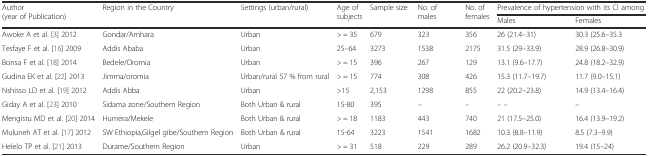
| <ROWSPAN=2> Author (year of Publication) | <ROWSPAN=2> Region in the Country | <ROWSPAN=2> Settings (urban/rural) | <ROWSPAN=2> Age of subjects | <ROWSPAN=2> Sample size | <ROWSPAN=2> No. of males | <ROWSPAN=2> No. of females | <COLSPAN=2> Prevalence of hypertension with its CI among |
 | Males | Females |
 | --- | --- | --- | --- | --- | --- | --- | --- | --- |
 | Awoke A et al. [3] 2012 | Gondar/Amhara | Urban | > = 35 | 679 | 323 | 356 | 26 (21.4–31) | 30.3 (25.6–35.3 |
 | Tesfaye F et al. [16] 2009 | Addis Ababa | Urban | 25–64 | 3273 | 1538 | 2175 | 31.5 (29–33.9) | 28.9 (26.8–30.9) |
 | Bonsa F et al. [18] 2014 | Bedele/Oromia | Urban | > = 15 | 396 | 267 | 129 | 13.1 (9.6–17.7) | 24.8 (18.2–32.9) |
 | Gudina EK et al. [22] 2013 | Jimma/oromia | Urban/rural 57 % from rural | > = 15 | 774 | 308 | 426 | 15.3 (11.7–19.7) | 11.7 (9.0–15.1) |
 | Nshisso LD et al. [19] 2012 | Addis Abba | Urban | >15 | 2,153 | 1298 | 855 | 22 (20.2–23.8) | 14.9 (13.4–16.4) |
 | Giday A et al. [23] 2010 | Sidama zone/Southern Region | Both Urban & rural | 15-80 | 395 | – | – | – – | – |
 | Mengistu MD et al. [20] 2014 | Humera/Mekele | Both Urban & rural | > = 18 | 1183 | 443 | 740 | 21 (17.5–25.0) | 16.4 (13.9–19.2) |
 | Muluneh AT et al. [17] 2012 | SW Ethiopia,Gilgel gibe/Southern Region | Both Urban & rural | 15-64 | 3223 | 1541 | 1682 | 10.3 (8.8–11.9) | 8.5 (7.3–9.9) |
 | Helelo TP et al. [21] 2013 | Durame/Southern Region | Urban | > = 31 | 518 | 229 | 289 | 26.2 (20.9–32.3) | 19.4 (15–24) |